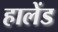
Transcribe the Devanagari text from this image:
हालेंड